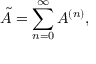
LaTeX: \tilde { A } = \sum _ { n = 0 } ^ { \infty } A ^ { ( n ) } ,